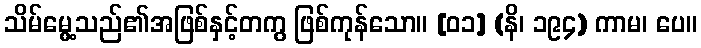
သိမ်မွေ့သည်၏အဖြစ်နှင့်တကွ ဖြစ်ကုန်သော။ [၀၁] (နိ၊ ၁၉၄) ကာမ၊ ပေ။